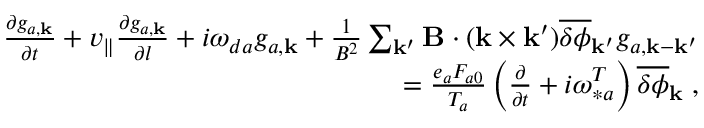
\begin{array} { r } { \frac { \partial g _ { a , { \bf k } } } { \partial t } + v _ { \| } \frac { \partial g _ { a , { \bf k } } } { \partial l } + i \omega _ { d a } g _ { a , { \bf k } } + \frac { 1 } { B ^ { 2 } } \sum _ { { \bf k } ^ { \prime } } { \bf B } \cdot ( { \bf k } \times { \bf k } ^ { \prime } ) \overline { { \delta \phi } } _ { { \bf k } ^ { \prime } } g _ { a , { \bf k } - { \bf k } ^ { \prime } } } \\ { = \frac { e _ { a } F _ { a 0 } } { T _ { a } } \left( \frac { \partial } { \partial t } + i \omega _ { \ast a } ^ { T } \right) \overline { { \delta \phi } } _ { \bf k } \; , } \end{array}